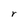
Character: r